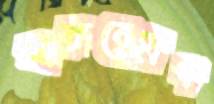
মারুবেহাগ